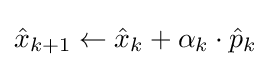
{\hat {x}}_{k+1}\leftarrow {\hat {x}}_{k}+\alpha _{k}\cdot {\hat {p}}_{k}